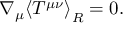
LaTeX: \nabla _ { \mu } { \langle T ^ { \mu \nu } \rangle } _ { \tiny R } = 0 .